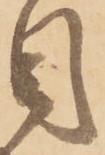
目